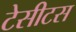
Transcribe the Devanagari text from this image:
टेसीटस